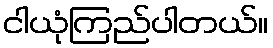
ငါယုံကြည်ပါတယ်။